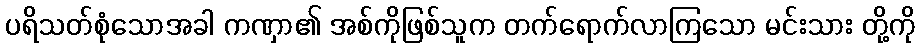
ပရိသတ်စုံသောအခါ ကဏှာ၏ အစ်ကိုဖြစ်သူက တက်ရောက်လာကြသော မင်းသား တို့ကို